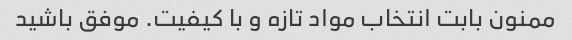
ممنون بابت انتخاب مواد تازه و با کیفیت. موفق باشید